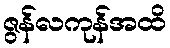
ဇွန်လကုန်အထိ